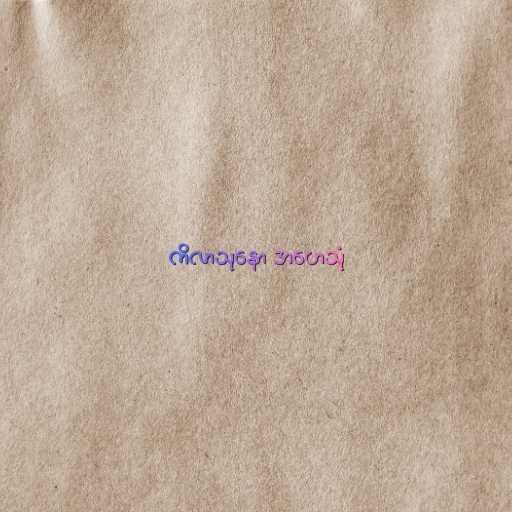
ကိလာသုနော အဟေသုံ